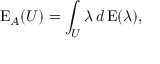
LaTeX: \operatorname { E } _ { A } ( U ) = \int _ { U } \lambda \, d \operatorname { E } ( \lambda ) ,